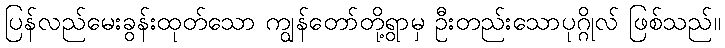
ပြန်လည်မေးခွန်းထုတ်သော ကျွန်တော်တို့ရွာမှ ဦးတည်းသောပုဂ္ဂိုလ် ဖြစ်သည်။